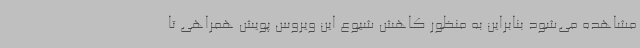
مشاهده می‌شود بنابراین به منظور کاهش شیوع این ویروس پویش همراهی تا